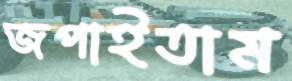
জপাইতাম